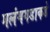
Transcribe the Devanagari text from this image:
मलंगगडाकडे